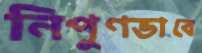
নিপুণভাবে